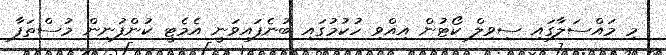
މި މައްސަލާގައި ސިވިލް ކޯޓުން އިއްވި ހުކުމުގައި ބުނެފައިވަނީ އެމެޓީ ކުންފުނިން މުސްތަފާ